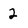
Character: 2